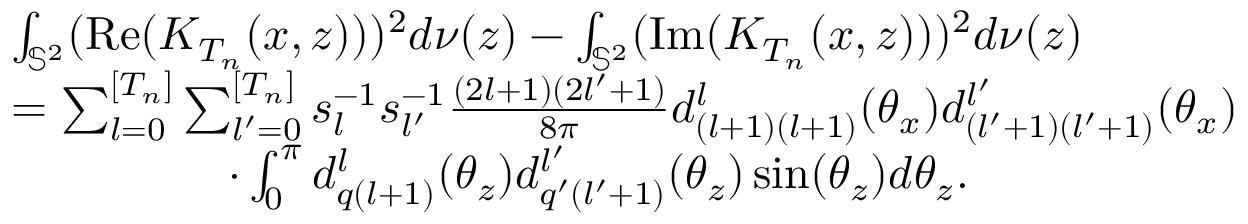
\begin{array} { r l } & { \int _ { \mathbb { S } ^ { 2 } } ( \mathrm { R e } ( K _ { T _ { n } } ( x , z ) ) ) ^ { 2 } d \nu ( z ) - \int _ { \mathbb { S } ^ { 2 } } ( \mathrm { I m } ( K _ { T _ { n } } ( x , z ) ) ) ^ { 2 } d \nu ( z ) } \\ & { = \sum _ { l = 0 } ^ { [ T _ { n } ] } \sum _ { l ^ { \prime } = 0 } ^ { [ T _ { n } ] } s _ { l } ^ { - 1 } s _ { l ^ { \prime } } ^ { - 1 } \frac { ( 2 l + 1 ) ( 2 l ^ { \prime } + 1 ) } { 8 \pi } d _ { ( l + 1 ) ( l + 1 ) } ^ { l } ( \theta _ { x } ) d _ { ( l ^ { \prime } + 1 ) ( l ^ { \prime } + 1 ) } ^ { l ^ { \prime } } ( \theta _ { x } ) } \\ & { ~ ~ ~ ~ ~ ~ ~ ~ ~ ~ ~ ~ ~ ~ \cdot \int _ { 0 } ^ { \pi } d _ { q ( l + 1 ) } ^ { l } ( \theta _ { z } ) d _ { q ^ { \prime } ( l ^ { \prime } + 1 ) } ^ { l ^ { \prime } } ( \theta _ { z } ) \sin ( \theta _ { z } ) d \theta _ { z } . } \end{array}